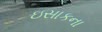
ઇસાકના